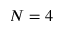
N = 4